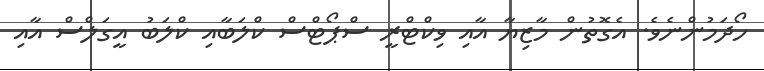
ހޯދަމުންނެވެ. އެގޮތުން މާޒިޔާ އާއި ވިކްޓްރީ ސްޕޯޓްސް ކްލަބާއި ކްލަބު އީގަލްސް އާއި